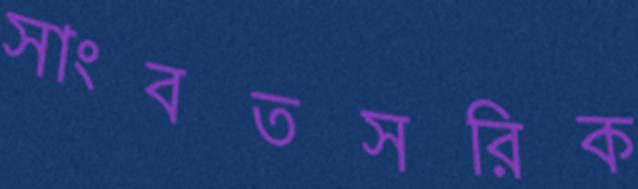
সাংবতসরিক